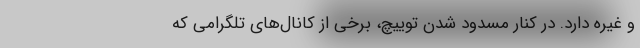
و غیره دارد. در کنار مسدود شدن توییچ، برخی از کانال‌های تلگرامی که